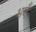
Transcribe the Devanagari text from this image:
भएँ